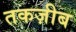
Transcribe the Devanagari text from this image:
तकज़ीब